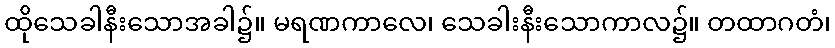
ထိုသေခါနီးသောအခါ၌။ မရဏကာလေ၊ သေခါးနီးသောကာလ၌။ တထာဂတံ၊